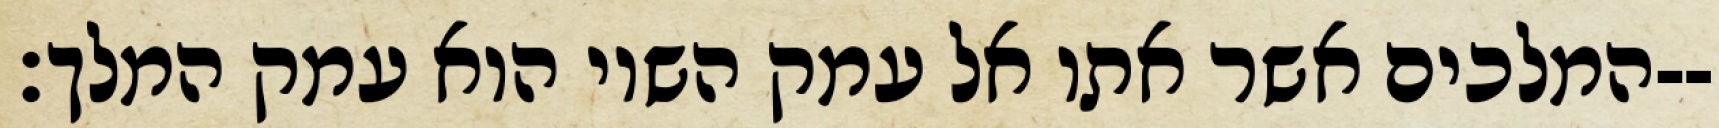
המלכים אשר אתו אל עמק השוי הוא עמק המלך׃--